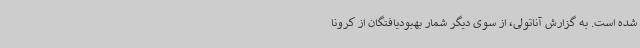
شده است. به گزارش آناتولی، از سوی دیگر شمار بهبودیافتگان از کرونا